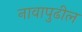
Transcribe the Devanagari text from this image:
नावापुढील